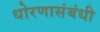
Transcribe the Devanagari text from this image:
धोरणासंबंधी